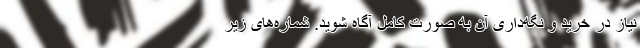
نیاز در خرید و نگه‌داریِ آن به صورت کامل آگاه شوید. شماره‌های زیر